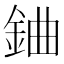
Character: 𨦈